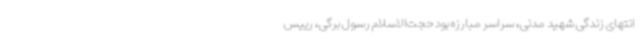
انتهای زندگی‌ شهید مدنی، سراسر مبارزه بود حجت‌الاسلام رسول برگی، رییس